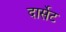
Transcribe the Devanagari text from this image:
दार्सेट